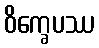
ဝိက္ခေပဿ